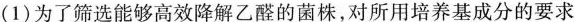
(1)为了筛选能够高效降解乙醛的菌株，对所用培养基成分的要求